255_413270_UFO's_and_Defense_What_Should_we_Prepare_For
Agency: NASA
Page 28
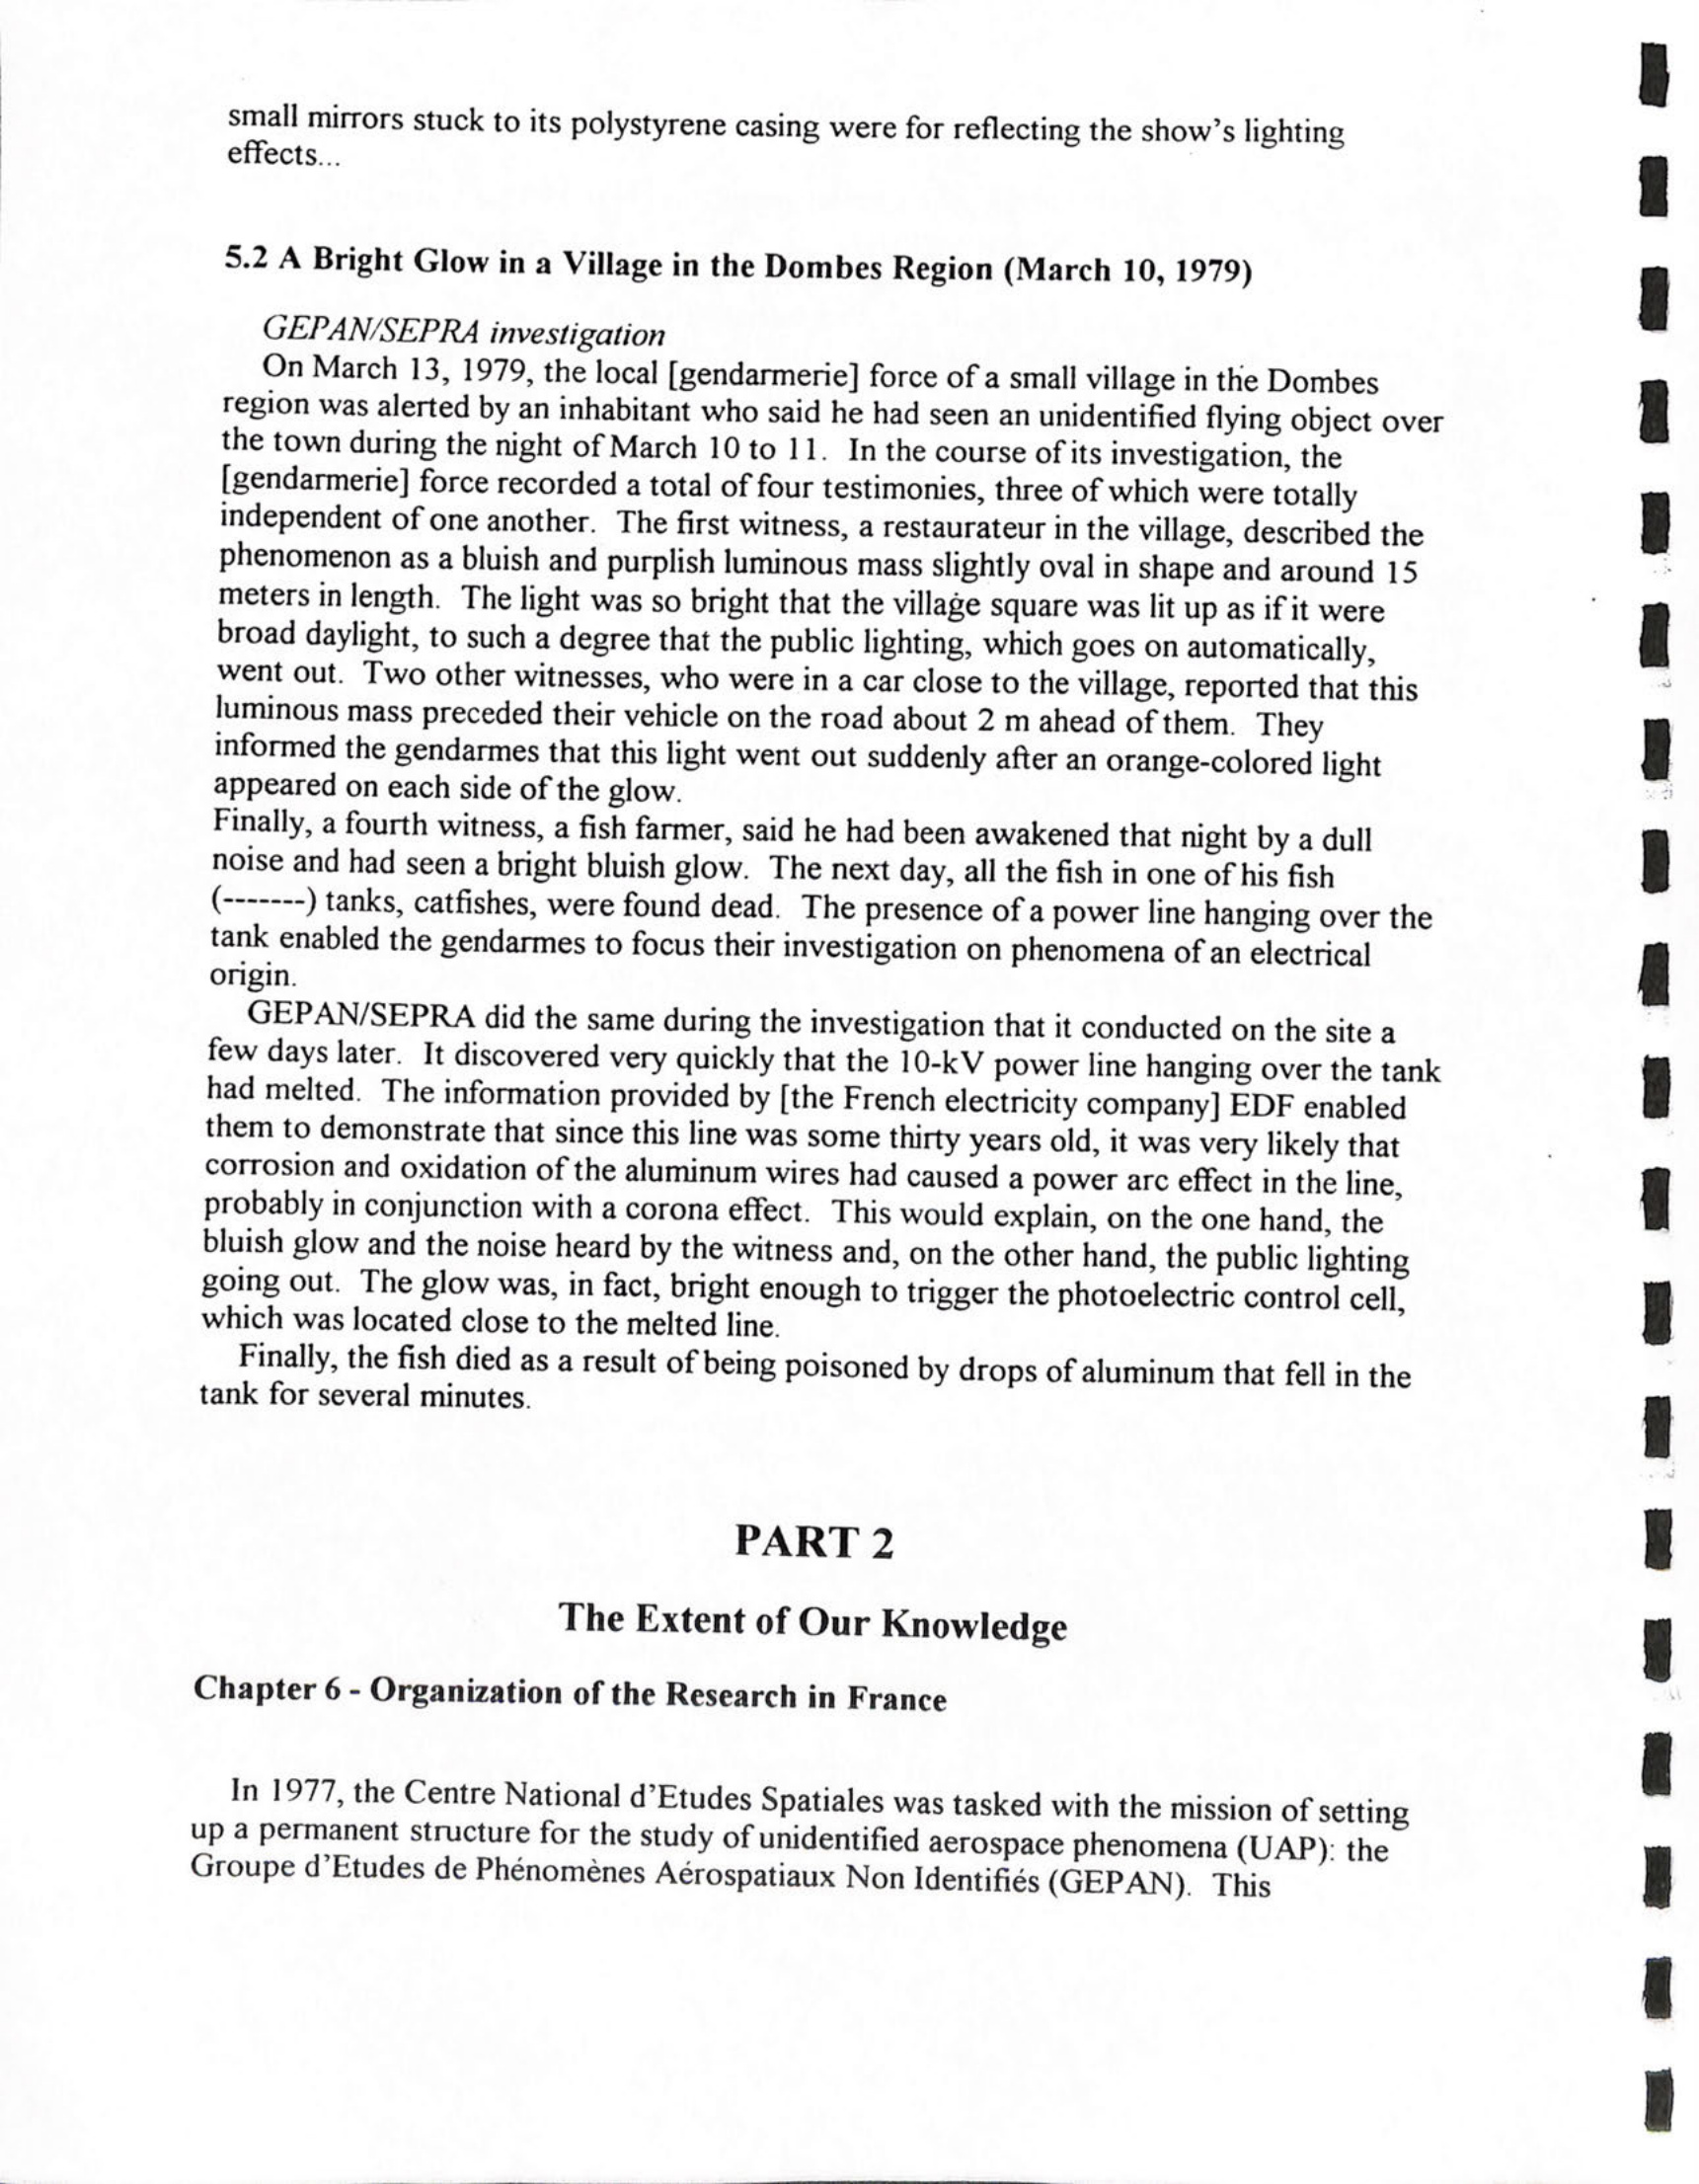